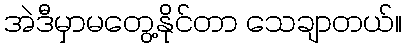
အဲဒီမှာမတွေ့နိုင်တာ သေချာတယ်။